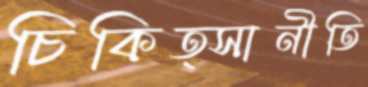
চিকিত্সানীতি